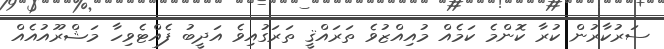
ސަރުކާރުން ކުރާ ކޮންމެ ކަމެއް މުއިއްޒުވެ ތަރައްޤީ ތަރަގުއިވެ އަދީބު ފެއްޓެވިހާ މަޝްރޫއުއެއް